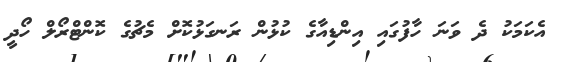
އެކަމަކު ދެ ވަނަ ހާފުގައި އިންޑިއާގެ ކުޅުން ރަނގަޅުކޮށް މެޗުގެ ކޮންޓްރޯލް ހޯދީ